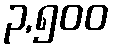
၃,၅၀၀